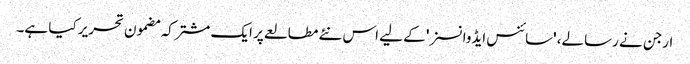
ارجن نے رسالے، 'سائنس ایڈوانسز' کے لیے اس نئے مطالعے پر ایک مشترکہ مضمون تحریر کیا ہے۔